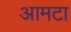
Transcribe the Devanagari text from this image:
आमटा